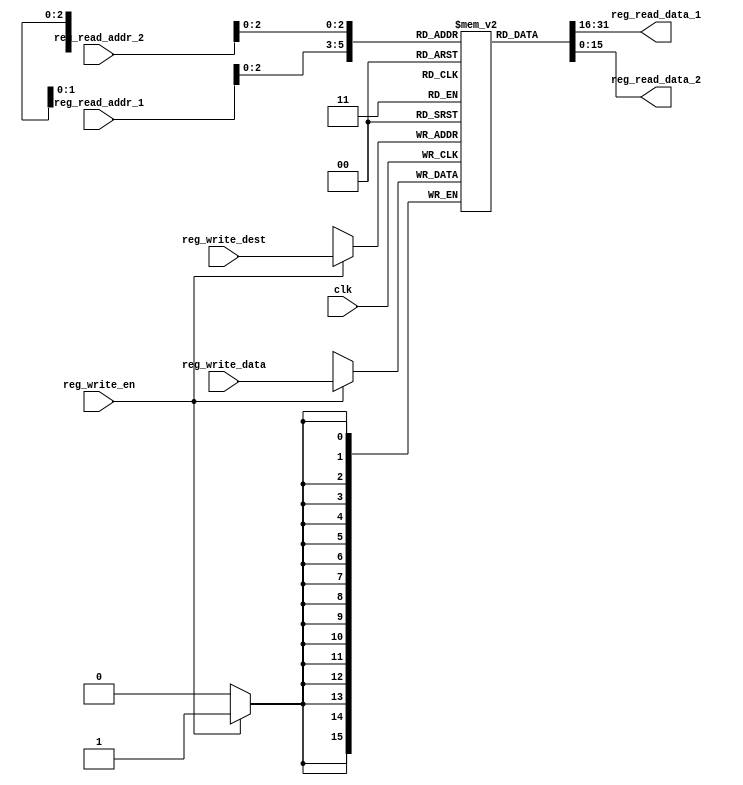
`timescale 1ns / 1ps
//////////////////////////////////////////////////////////////////////////////////
// Company: 
// Engineer: 
// 
// Design Name: 
// Module Name: GPRs
// Project Name: 
// Target Devices: 
// Tool Versions: 
// Description: 
// 
// Dependencies: 
// 
// Revision:
// Revision 0.01 - File Created
// Additional Comments:
// 
//////////////////////////////////////////////////////////////////////////////////


module GPRs(
    input clk,
    input [2:0] reg_write_dest,
    input [15:0] reg_read_addr_1,
    input [15:0] reg_read_addr_2,
    input reg_write_en,
    output [15:0] reg_read_data_1,
    output [15:0] reg_read_data_2,
    input [15:0] reg_write_data
    );
    //define the register array
    reg [15:0] reg_array [7:0];
    integer i;
    //initialize the data with zeroes
    initial begin
     for(i=0;i<8;i=i+1)
      reg_array[i] <= 16'd0;
    end
    //write data at the posedge
    always @ (posedge clk ) begin
      if(reg_write_en) begin
       reg_array[reg_write_dest] <= reg_write_data;
      end
    end
    //output data
    assign reg_read_data_1 = reg_array[reg_read_addr_1];
    assign reg_read_data_2 = reg_array[reg_read_addr_2];

endmodule